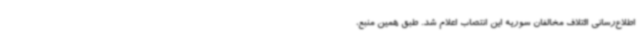
اطلاع‌رسانی ائتلاف مخالفان سوریه این انتصاب اعلام شد. طبق همین منبع،